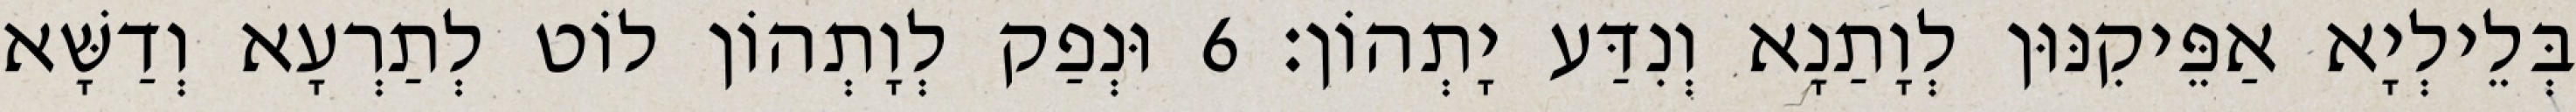
בְּלֵילְיָא אַפֵּיקִנּוּן לְוָתַנָא וְנִדַּע יָתְהוֹן׃ 6 וּנְפַק לְוָתְהוֹן לוֹט לְתַרְעָא וְדַשָּׁא